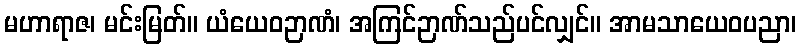
မဟာရာဇ၊ မင်းမြတ်။ ယံယေဝဉာဏံ၊ အကြင်ဉာဏ်သည်ပင်လျှင်။ အာမသာယေဝပညာ၊